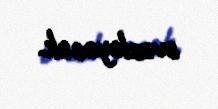
əvəzləyəcək.